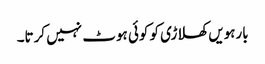
بارہویں کھلاڑی کو کوئی ہوٹ نہیں کرتا۔